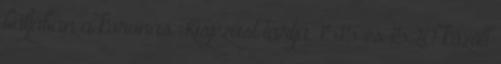
baljában a koronás Kisjézust tartja. 1515 és 1520 között